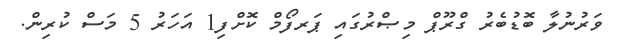
ވަރުނުލާ ބޮޑުބެރު ގްރޫޕް މިޞްރުގައި ޕަރފޯމް ކޮށްފި1 އަހަރު 5 މަސް ކުރިން.